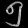
Digit: ၅